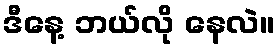
ဒီနေ့ ဘယ်လို နေလဲ။